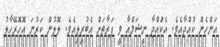
އަންހެން ކުއްޖާއެވެ. އެކަުއްޖާ ނީޝަމްއާ ވީ ފަރާތަށް އެބުރިލިއެވެ. ލޮލުން ކަރުނަ އޮހޮރޭހާލު